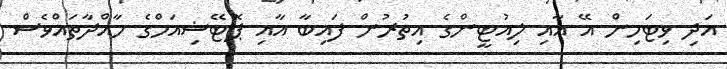
އަދި ވިޓަމިން އޭ އާއި ލިއުޓީންގެ އިތުރުން ފައިބާ އާއި ޕޮޓޭޝިއަމްގެ މާއްދާތައްވެސް